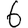
Digit: 6